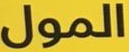
المول